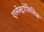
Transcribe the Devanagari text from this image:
एलेक्ट्रोफिलिक